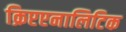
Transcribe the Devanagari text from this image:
क्रिप्टएनालिटिक